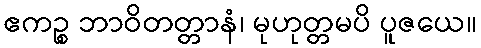
ဧကဉ္စ ဘာဝိတတ္တာနံ၊ မုဟုတ္တမပိ ပူဇယေ။